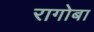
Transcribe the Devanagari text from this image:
रागोबा